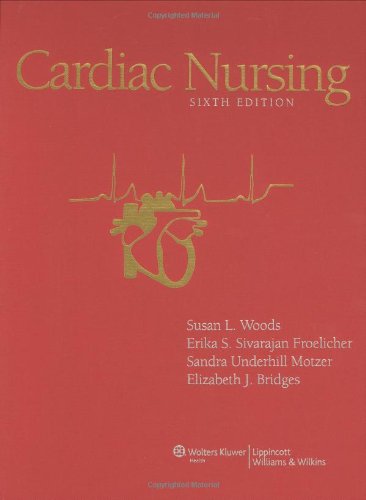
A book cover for Cardiac Nursing (Cardiac Nursing (Woods)); Medical Books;